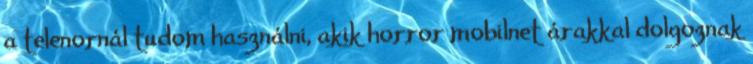
a telenornál tudom használni, akik horror mobilnet árakkal dolgoznak